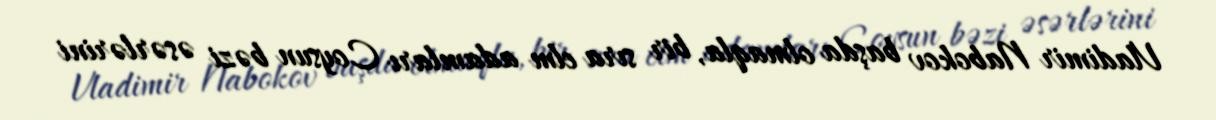
Vladimir Nabokov başda olmaqla, bir sıra elm adamları Coysun bəzi əsərlərini